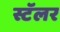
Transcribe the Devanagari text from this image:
स्टॅलर